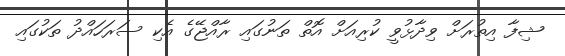
ޝިފާ އިތުރަށް ވިދާޅުވީ ކުރިއަށް އޮތް ތަނުގައި ރާއްޖޭގެ އެކި ސަރަހައްދު ތަކުގައި